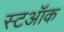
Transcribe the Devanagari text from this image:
स्टऑक